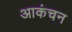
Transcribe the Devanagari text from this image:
आकंचन